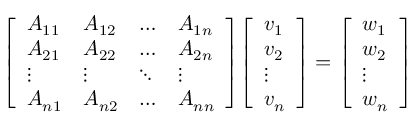
{ \left[ \begin{array} { l l l l } { A _ { 1 1 } } & { A _ { 1 2 } } & { \ldots } & { A _ { 1 n } } \\ { A _ { 2 1 } } & { A _ { 2 2 } } & { \ldots } & { A _ { 2 n } } \\ { \vdots } & { \vdots } & { \ddots } & { \vdots } \\ { A _ { n 1 } } & { A _ { n 2 } } & { \ldots } & { A _ { n n } } \end{array} \right] } { \left[ \begin{array} { l } { v _ { 1 } } \\ { v _ { 2 } } \\ { \vdots } \\ { v _ { n } } \end{array} \right] } = { \left[ \begin{array} { l } { w _ { 1 } } \\ { w _ { 2 } } \\ { \vdots } \\ { w _ { n } } \end{array} \right] }